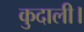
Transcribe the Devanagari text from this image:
कुदाली।